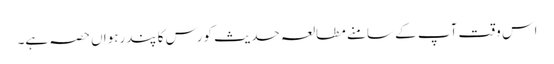
اس وقت آپ کے سامنے مطالعہ حدیث کورس کا پندرہواں حصہ ہے۔